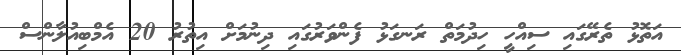
އަތޮޅު ތެރޭގައި ސިއްހީ ހިދުމަތް ރަނގަޅު ފެންވަރުގައި ދިނުމަށް އިތުރު 20 އެމްބިއުލާންސް